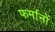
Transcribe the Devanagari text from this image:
फर्मानों